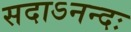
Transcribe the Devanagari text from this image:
सदाऽनन्दः